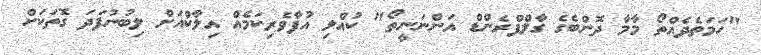
"ހަމަތެދެއްތޯ މާމާ ދޮންބެގެ ގާލްފްރެންޑް އަންނަނީތޯ" ކުއްލި އުފާވެރިކަމެއް އިލާކްއަށް ލިބުނުފަދަ ގޮތަކަށް